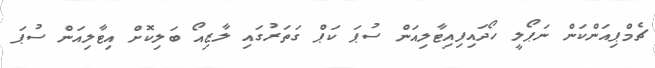
ޗެމްޕިއަންކަން ނަޕޯލީ ހޯދައިފިއިޓާލިއަން ސުޕަ ކަޕް ގަތަރުގައި ލާޒިއޯ ބަލިކޮށް އިޓާލިއަން ސުޕަ